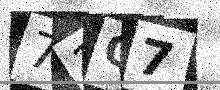
Text: 71Q7